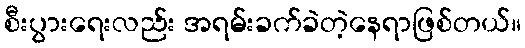
စီးပွားရေးလည်း အရမ်းခက်ခဲတဲ့နေရာဖြစ်တယ်။